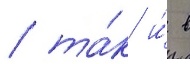
/ та́к и́ в